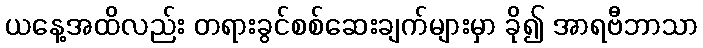
ယနေ့အထိလည်း တရားခွင်စစ်ဆေးချက်များမှာ ခို၍ အာရဗီဘာသာ